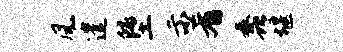
风遣堕示肴蠡堰